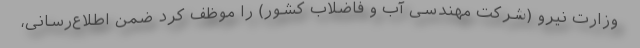
وزارت نیرو (شرکت مهندسی آب و فاضلاب کشور) را موظف کرد ضمن اطلاع‌رسانی،